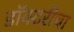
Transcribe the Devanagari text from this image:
डॉक्टरीचा